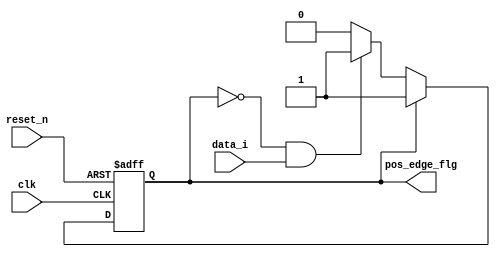
`timescale 1ns/10ps

module lib_posedge_flg_v2 ( input      clk,
							input      reset_n,
							input	   data_i,
							output reg pos_edge_flg
							);

assign seen_pos_edge = ~pos_edge_flg & data_i;

// seen posedge and hold	
always @(posedge clk or negedge reset_n)
if (!reset_n)
	pos_edge_flg <= 1'b0;
else if (pos_edge_flg)
	pos_edge_flg <= 1'b1;
else if (seen_pos_edge)
	pos_edge_flg <= 1'b1;
	
endmodule